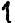
1